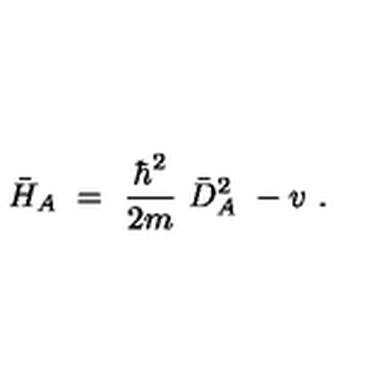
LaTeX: \bar { H } _ { A } \ = \ \frac { \hbar ^ { 2 } } { 2 m } \ \bar { D } _ { A } ^ { 2 } \ - v \ .